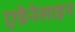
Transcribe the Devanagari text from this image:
एडेनेसाइन